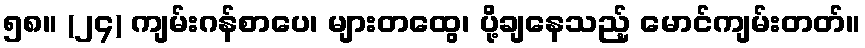
၅၈။ (၂၄) ကျမ်းဂန်စာပေ၊ များတထွေ၊ ပို့ချနေသည့် မောင်ကျမ်းတတ်။